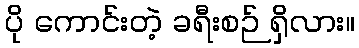
ပို ကောင်းတဲ့ ခရီးစဉ် ရှိလား။